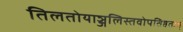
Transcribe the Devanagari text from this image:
तिलतोयाञ्जलिस्तवोपतिष्ठताम्